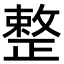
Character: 整